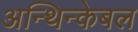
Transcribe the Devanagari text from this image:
अन्थिन्केबल